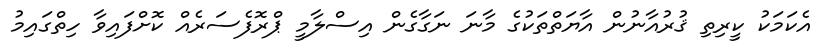
އެކަމަކު ކީރިތި ޤުރުއާނުން އާޔަތްތަކުގެ މާނަ ނަގާގެން އިސްލާމީ ޕްރޮފެސަރެއް ކޮށްފައިވާ ހިތްގައިމު